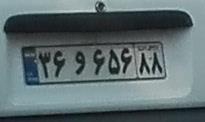
۳۶و۶۵۶۸۸